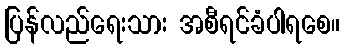
ပြန်လည်ရေးသား အစီရင်ခံပါရစေ။